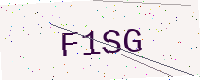
Text: F1SG